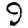
Digit: 9